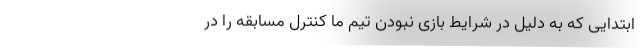
ابتدایی که به دلیل در شرایط بازی نبودن تیم ما کنترل مسابقه را در